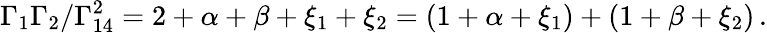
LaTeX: \Gamma_{1}\Gamma_{2}/\Gamma_{14}^{2}=2+\alpha+\beta+\xi_{1}+\xi_{2}=(1+\alpha+\xi_{1})+(1+\beta+\xi_{2})\, .